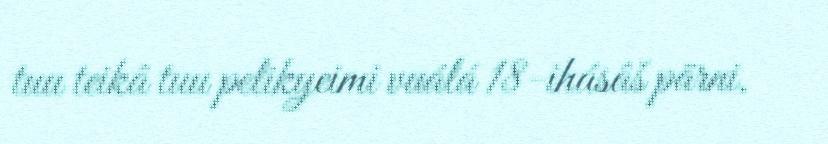
tuu teikâ tuu pelikyeimi vuálá 18-ihásâš pärni.